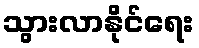
သွားလာနိုင်ရေး